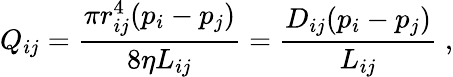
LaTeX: Q_{ij}=\frac{\pi r_{ij}^{4}(p_{i}-p_{j})}{8\eta L_{ij}}=\frac{D_{ij}(p_{i}-p_{j})}{L_{ij}}\; ,